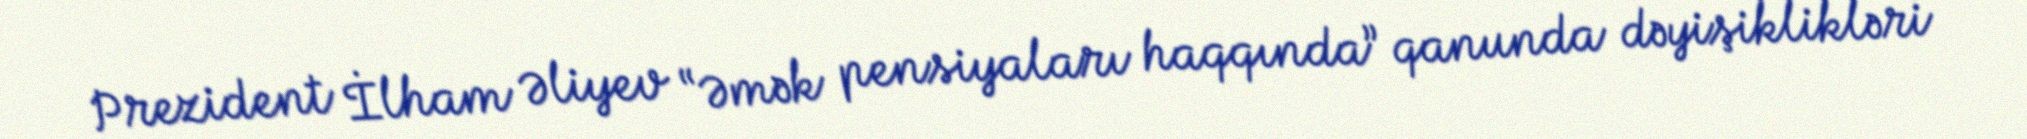
Prezident İlham Əliyev “Əmək pensiyaları haqqında” qanunda dəyişiklikləri